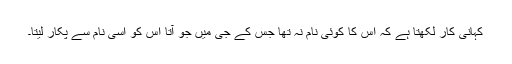
کہانی کار لکھتا ہے کہ اس کا کوئی نام نہ تھا جس کے جی میں جو آتا اس کو اسی نام سے پکار لیتا۔